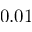
0 . 0 1